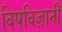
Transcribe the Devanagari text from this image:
विषविज्ञानी